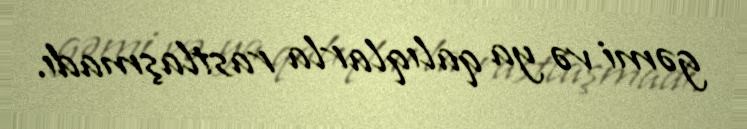
gəmi və ya qalıqlarla rastlaşmadı.